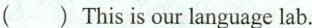
() This is our language lab.